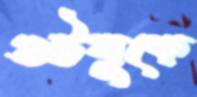
গুটলুকে